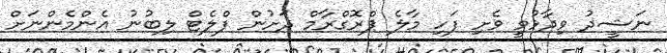
ނަޝީދު ވިދާޅުވީ ވެށި ފަހި މާލެ ޕްރޮގްރާމް ދަށުން ފްލެޓް ލިބުނު އެންމެންނަށް